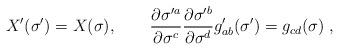
LaTeX: \begin{align*}X'(\sigma') = X(\sigma), \qquad\frac{\partial \sigma'^a}{\partial \sigma^c}\frac{\partial \sigma'^b}{\partial \sigma^d} g'_{ab}(\sigma') =g_{cd}(\sigma)\ ,\end{align*}